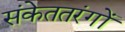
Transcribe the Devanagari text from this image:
संकेततरंगों